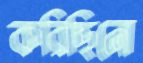
করিছিনো